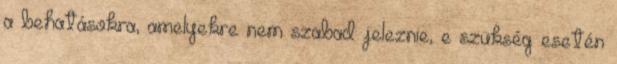
a behatásokra, amelyekre nem szabad jeleznie, e szükség esetén